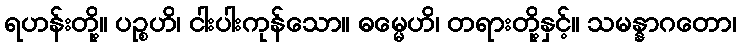
ရဟန်းတို့။ ပဉ္စဟိ၊ ငါးပါးကုန်သော။ ဓမ္မေဟိ၊ တရားတို့နှင့်။ သမန္နာဂတော၊